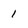
Character: I